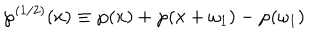
LaTeX: \wp ^ { ( 1 / 2 ) } ( x ) \equiv \wp ( x ) + \wp ( x + \omega _ { 1 } ) - \wp ( \omega _ { 1 } )